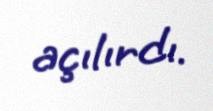
açılırdı.